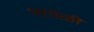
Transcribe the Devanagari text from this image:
परयेळी